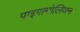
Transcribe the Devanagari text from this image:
पाइगामोलियन